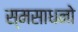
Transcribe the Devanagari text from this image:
स्मसाधनो